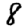
Digit: 8